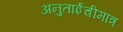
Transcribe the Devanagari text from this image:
अनुताईंचीमात्र